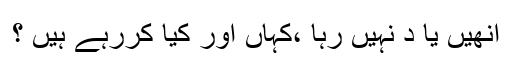
انھیں یا د نہیں رہا ،کہاں اور کیا کررہے ہیں ؟